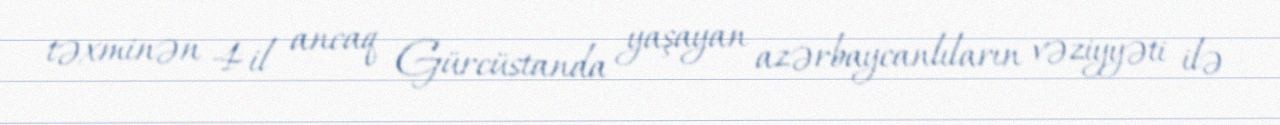
təxminən 4 il ancaq Gürcüstanda yaşayan azərbaycanlıların vəziyyəti ilə